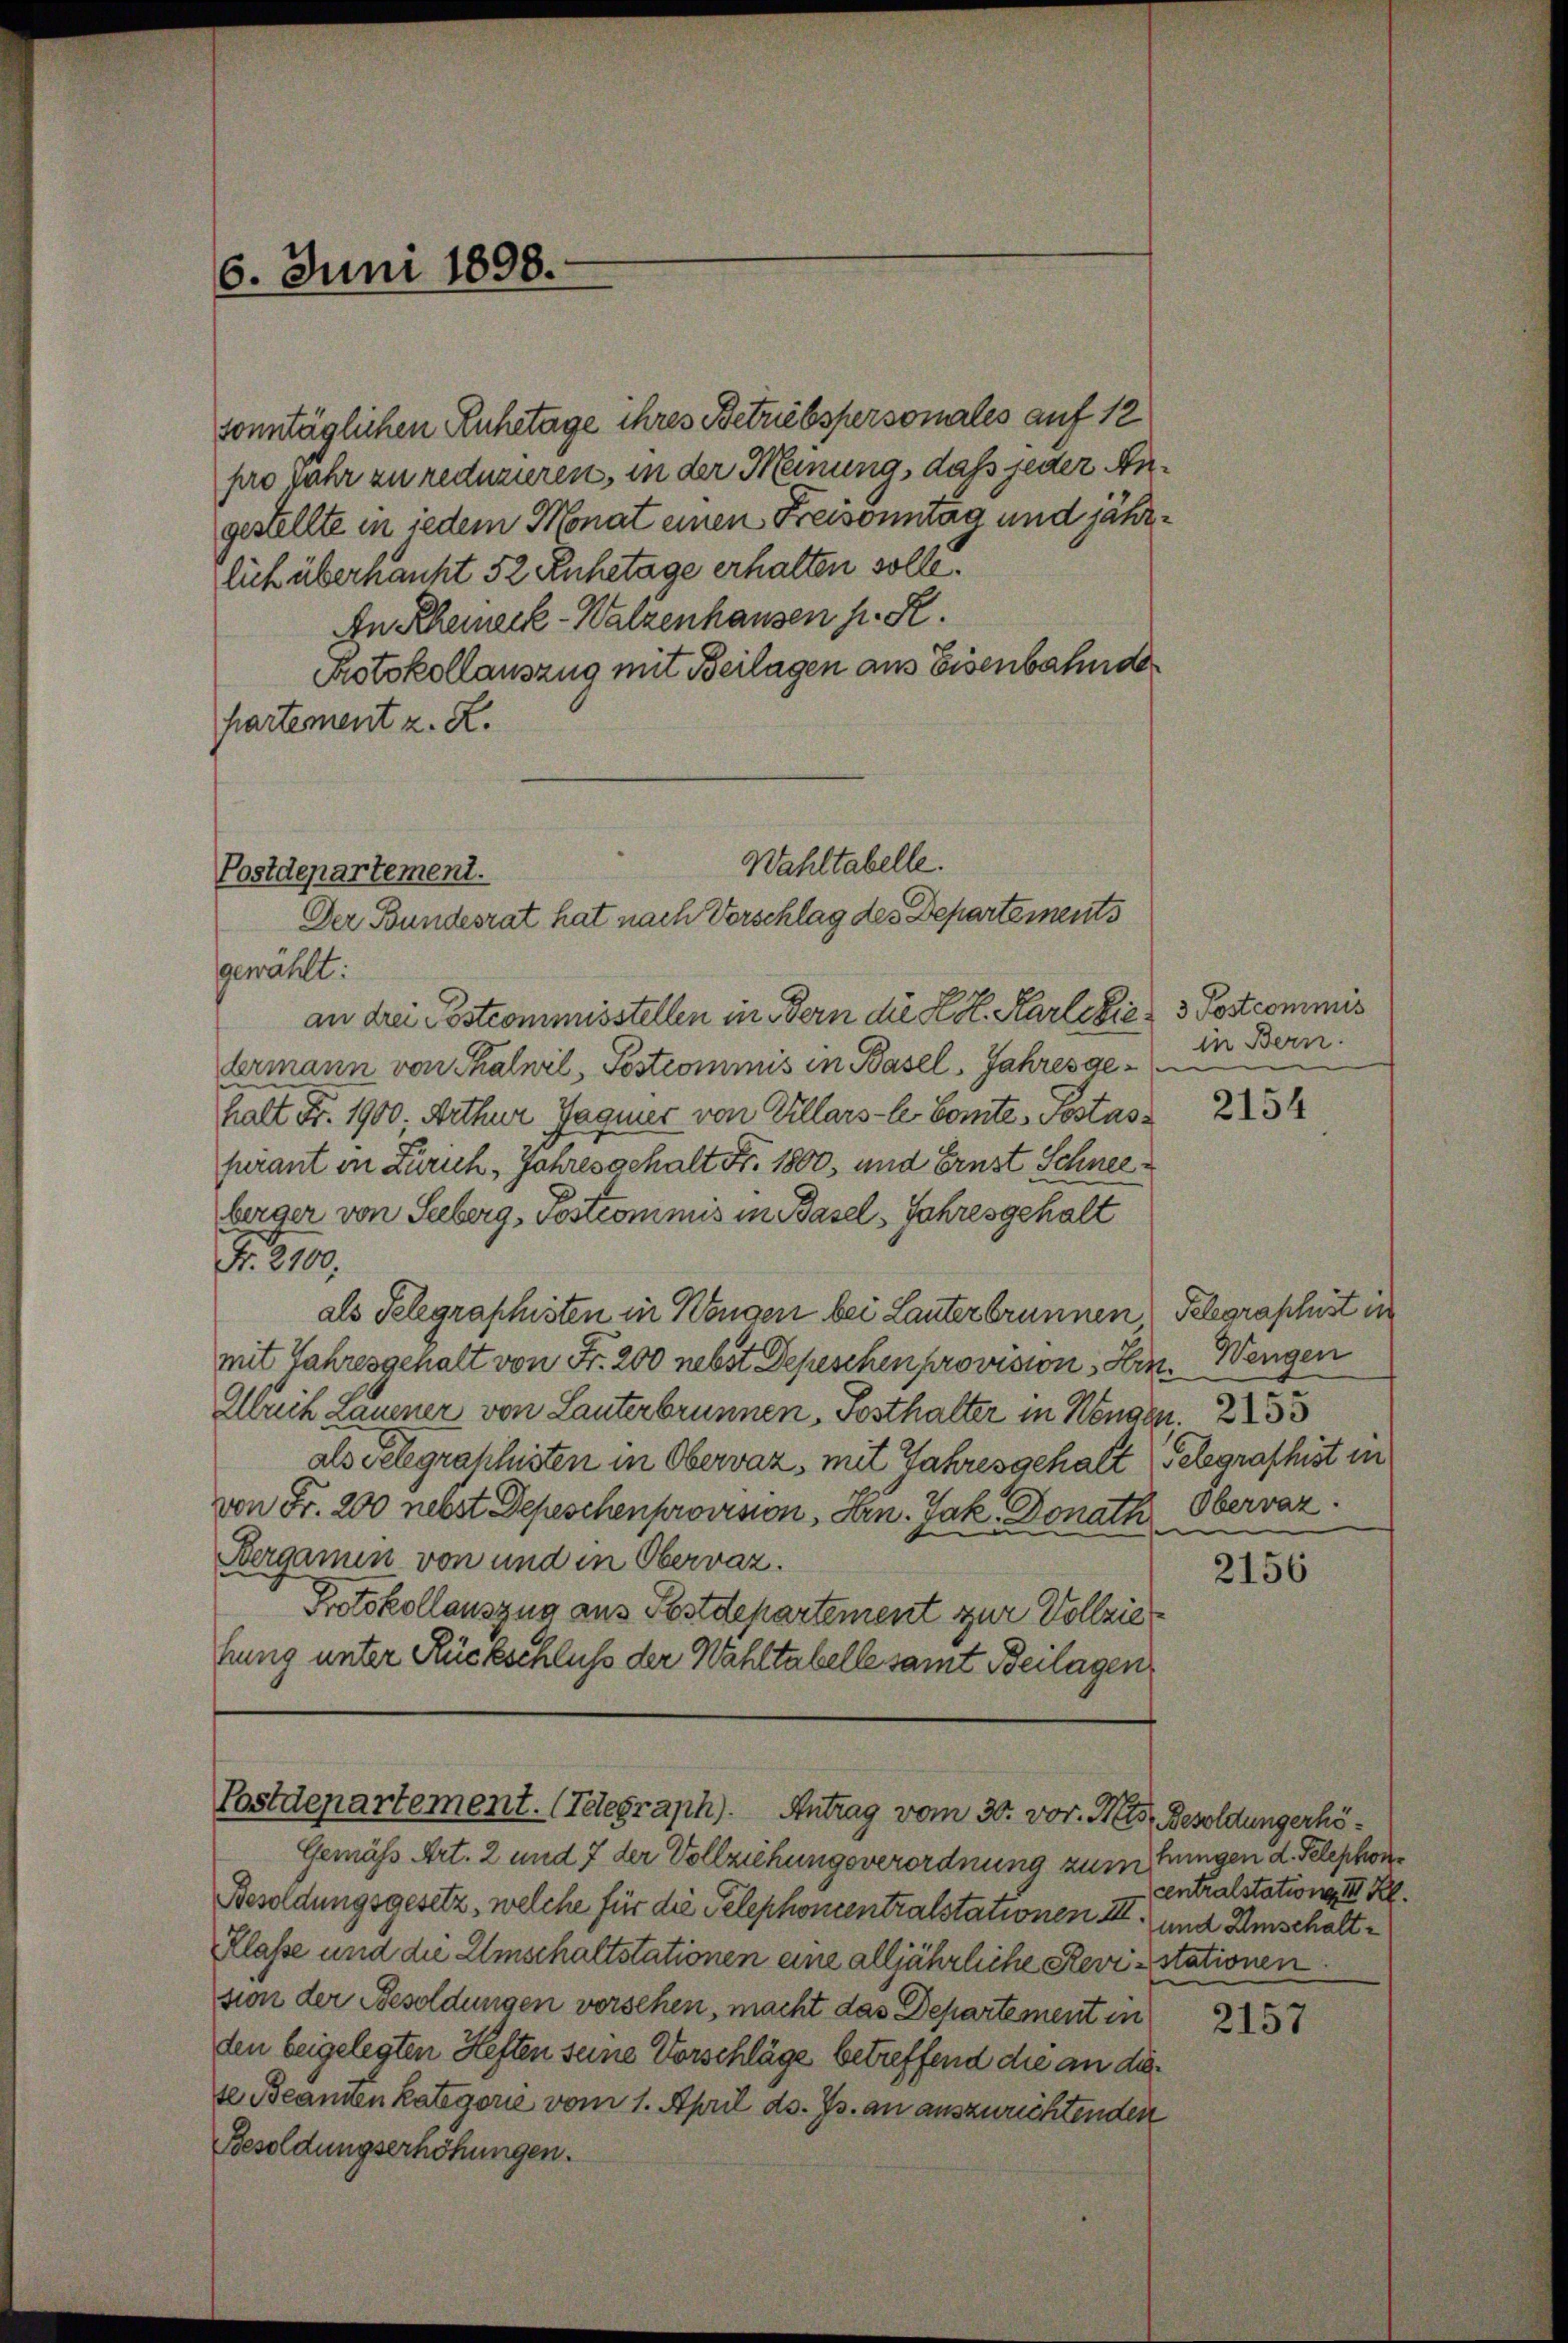
6. Juni 1898.

gestellte in jedem Monat einen Freisonntag und jährlich überhaupt 52 Ruhetage erhalten solle.
An Rheineck - Walzenhausen h. R.
Protokollauszug mit Beilagen aus Eisenbahnde
hartement z. R.

sonntäglichen Ruhetage ihres Betriebspersonales auf 12
pro Jahr zu reduzieren, in der Meinung, daß jeder An¬

Wahltabelle.
Postdepartement.
Der Bundesrat hat nach Vorschlag des Departements

gewählt:
an drei Postcommisstellen in Bern die K. H. Karlskie 3 Postcommis
bermann von Thalwil, Postcommis in Basel, Jahres gehalt Fr. 1900; Arthur Jagnier von Ellars-C. Comtes Postaspirant in Zürich, Jahres gehalt Fr. 1800, und Ernst Schneeberger von Seeberg, Postcommis in Basel, Jahresgehalt
. 819
als Telegraphisten in Wangen bei Lauter brunnen
mit Jahresgehalt von Fr. 200 nebst Depeschen provisions Hrn. Wengen
Abuch Lauener von Lauterbrunnen, Festhalter in Köngen. 2233
als Telegrathesten in Obervaz, mit Jahresgehalt Gelegraphist in
von Fr. 200 nebst Depeschenprovision, Hrn. Jak. Donath
Berganin von und in Obervaz.
Protokollauszug aus Postdepartement zur Vollziefung unter Rückschluß der Wahltabelle samt Beilagen

Postdepartement. (Telegraph). Antrag vom 30. vor. Mts. Besoldungerhö¬

in Bern.

Gemäß Art. 2 und 7 der Vollziehungsverordnung zum fingen d. Telephon¬
Besoldungsgesetz, welche für die Telephoncentralstationen III und Umschalt¬
Klasse und die Umschaltstationen eine alljährliche Revizstationen
sion der Besoldungen vorsehen, macht das Departement in
den beigelegten Heften seine Vorschläge betreffend die an diete Beannen kategorie vom 1. April d. Js. an auszurichtenden
Besoldungserhöhungen.

2154

Telegraphist in
Obervaz.

2156

Centralstations III. Kl.

2157